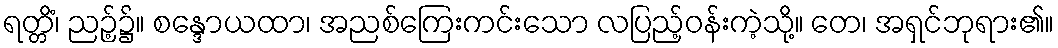
ရတ္တိံ၊ ညဉ့်၌။ စန္ဒောယထာ၊ အညစ်ကြေးကင်းသော လပြည့်ဝန်းကဲ့သို့။ တေ၊ အရှင်ဘုရား၏။